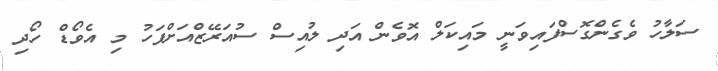
ސަލާހު ވެގެންގޮސްފައިވަނީ މައިކަލް އޮވެން އަދި ލުއިސް ސުއަރޭޒްއަށްފަހު މި އެވޯޑް ހޯދި